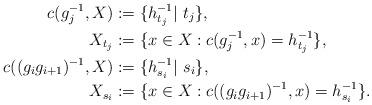
LaTeX: \begin{align*}c(g_j^{-1}, X)&:=\{h_{t_j}^{-1}|~ t_j\},\\X_{t_j}&:=\{x\in X: c(g_j^{-1}, x)=h_{t_j}^{-1}\},\\c((g_ig_{i+1})^{-1}, X)&:=\{h_{s_i}^{-1}|~ s_i\},\\X_{s_i}&:=\{x\in X: c((g_ig_{i+1})^{-1}, x)=h_{s_i}^{-1}\}.\end{align*}